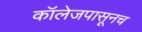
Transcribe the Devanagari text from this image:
कॉलेजपासूनच